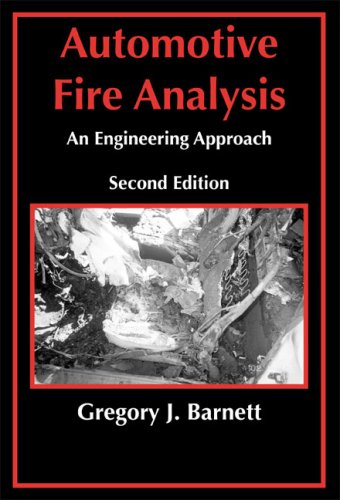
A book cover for Automotive Fire Analysis, Second Edition; Gregory J. Barnett; Engineering & Transportation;